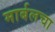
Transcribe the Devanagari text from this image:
मार्बलचा